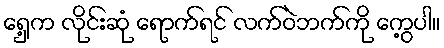
ရှေ့က လိုင်းဆုံ ရောက်ရင် လက်ဝဲဘက်ကို ကွေ့ပါ။